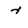
Character: 7